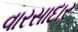
વારસાદાર